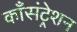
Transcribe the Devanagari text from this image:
काँसंट्रेशन